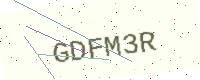
Text: GDFM3R